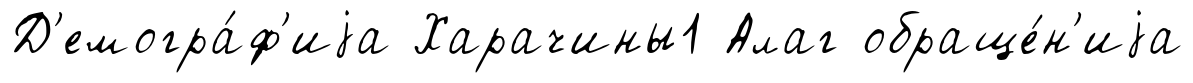
Д'емогра́ф'иjа Харачины1 Алаг обраще́н'иjа